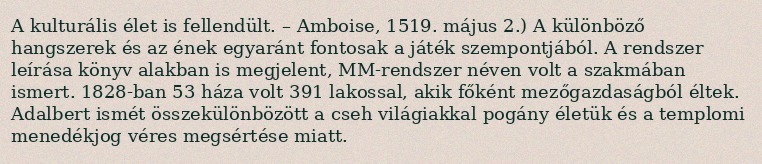
A kulturális élet is fellendült. – Amboise, 1519. május 2.) A különböző hangszerek és az ének egyaránt fontosak a játék szempontjából. A rendszer leírása könyv alakban is megjelent, MM-rendszer néven volt a szakmában ismert. 1828-ban 53 háza volt 391 lakossal, akik főként mezőgazdaságból éltek. Adalbert ismét összekülönbözött a cseh világiakkal pogány életük és a templomi menedékjog véres megsértése miatt.